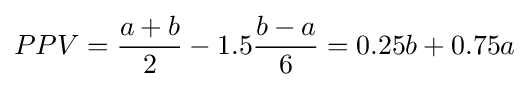
PPV={\frac {a+b}{2}}-1.5{\frac {b-a}{6}}=0.25b+0.75a